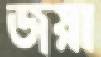
জয়া